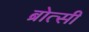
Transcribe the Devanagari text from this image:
ब्रोत्सी